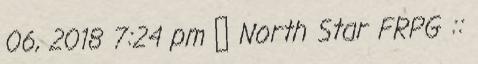
06, 2018 7:24 pm ◯ North Star FRPG ::